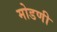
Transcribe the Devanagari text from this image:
मोडणी